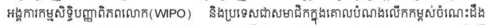
អង្គការកម្មសិទិ្ធបញ្ញាពិភពលោក(WIPO) និងប្រទេសជាសមាជិកក្នុងគោលបំណងលើកកម្ពស់ចំណេះដឹង